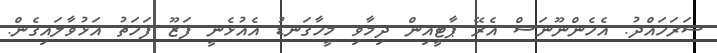
ސަރަހައްދު. އެހެންނޫނަސް އެރޭ ޕާޓީއިން ދިމާވި މީހާގަނޑު އެއުޅެނީ ފަޒޫ ފަހަތު އަޅުވާލައިގެން.